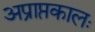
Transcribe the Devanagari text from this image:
अप्राप्तकालः